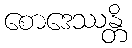
စောဒေဿန္တိ